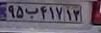
۹۵ب۴۱۷۱۳